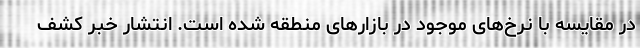
در مقایسه با نرخ‌های موجود در بازارهای منطقه شده است. انتشار خبر کشف